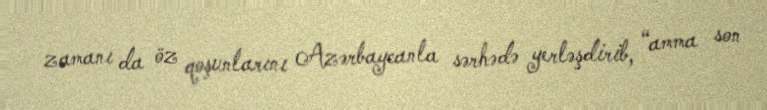
zamanı da öz qoşunlarını Azərbaycanla sərhədə yerləşdirib, “amma son